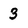
Character: 3